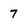
Character: 7